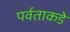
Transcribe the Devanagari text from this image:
पर्वताकडे